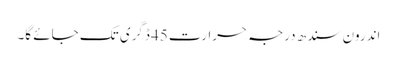
اندرون سندھ درجہ حرارت45 ڈگری تک جائے گا۔